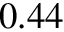
0 . 4 4